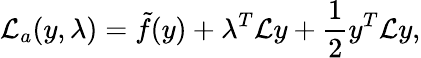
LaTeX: \mathcal{L}_{a}(y,\lambda)=\tilde{f}(y)+\lambda^{T}\mathcal{L}y+\frac{1}{2}y^{T}\mathcal{L}y,